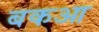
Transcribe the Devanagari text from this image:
बकआ